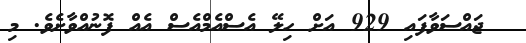
ޖައްސަވާފައި 929 އަށް ހިލޭ އެސްއެމްއެސް އެއް ފޮނުއްވާށެވެ. މި